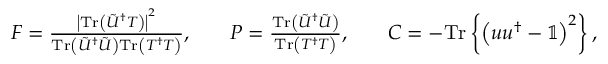
\begin{array} { r l r l r } { F = \frac { \left| \mathrm { T r } \left( \tilde { U } ^ { \dagger } T \right) \right| ^ { 2 } } { \mathrm { T r } \left( \tilde { U } ^ { \dagger } \tilde { U } \right) \mathrm { T r } \left( T ^ { \dagger } T \right) } , } & { { } } & { P = \frac { \mathrm { T r } \left( \tilde { U } ^ { \dagger } \tilde { U } \right) } { \mathrm { T r } \left( T ^ { \dagger } T \right) } , } & { { } } & { C = - \mathrm { T r } \left\{ \left( u u ^ { \dagger } - \mathbb { 1 } \right) ^ { 2 } \right\} , } \end{array}